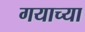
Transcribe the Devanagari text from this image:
गयाच्या